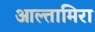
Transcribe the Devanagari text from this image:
आल्तामिरा